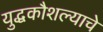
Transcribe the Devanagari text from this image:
युद्धकौशल्याचे